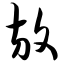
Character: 放